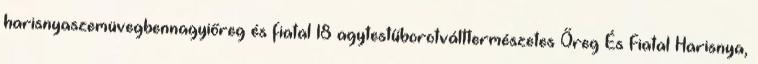
harisnyaszemüvegbennagyiőreg és fiatal 18 agytestűborotválttermészetes Őreg És Fiatal Harisnya,